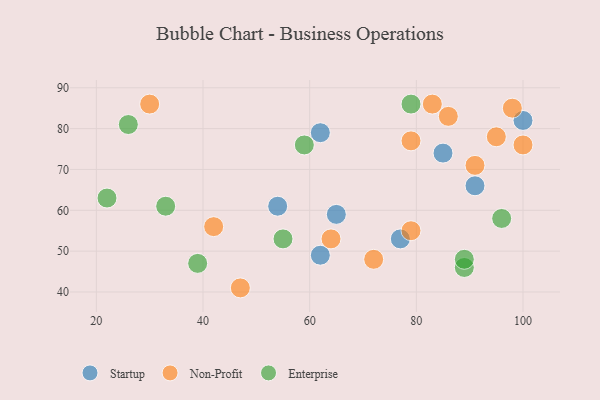
{"axis": {"x": "GDP", "y": "Life Expectancy"}, "legend": ["Enterprise", "Non-Profit", "Startup"], "data": [{"x": "100", "y": 82, "type": "Startup"}, {"x": "62", "y": 49, "type": "Startup"}, {"x": "77", "y": 53, "type": "Startup"}, {"x": "85", "y": 74, "type": "Startup"}, {"x": "54", "y": 61, "type": "Startup"}, {"x": "91", "y": 66, "type": "Startup"}, {"x": "62", "y": 79, "type": "Startup"}, {"x": "65", "y": 59, "type": "Startup"}, {"x": "72", "y": 48, "type": "Non-Profit"}, {"x": "64", "y": 53, "type": "Non-Profit"}, {"x": "42", "y": 56, "type": "Non-Profit"}, {"x": "100", "y": 76, "type": "Non-Profit"}, {"x": "79", "y": 77, "type": "Non-Profit"}, {"x": "79", "y": 55, "type": "Non-Profit"}, {"x": "98", "y": 85, "type": "Non-Profit"}, {"x": "30", "y": 86, "type": "Non-Profit"}, {"x": "91", "y": 71, "type": "Non-Profit"}, {"x": "83", "y": 86, "type": "Non-Profit"}, {"x": "95", "y": 78, "type": "Non-Profit"}, {"x": "47", "y": 41, "type": "Non-Profit"}, {"x": "86", "y": 83, "type": "Non-Profit"}, {"x": "96", "y": 58, "type": "Enterprise"}, {"x": "89", "y": 46, "type": "Enterprise"}, {"x": "59", "y": 76, "type": "Enterprise"}, {"x": "55", "y": 53, "type": "Enterprise"}, {"x": "39", "y": 47, "type": "Enterprise"}, {"x": "79", "y": 86, "type": "Enterprise"}, {"x": "26", "y": 81, "type": "Enterprise"}, {"x": "33", "y": 61, "type": "Enterprise"}, {"x": "89", "y": 48, "type": "Enterprise"}, {"x": "22", "y": 63, "type": "Enterprise"}]}